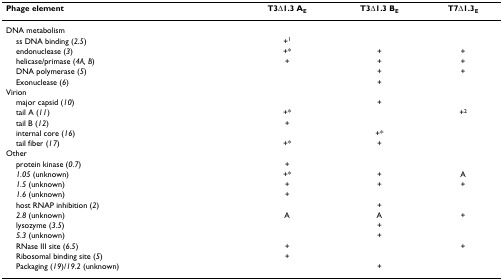
| Phage element | T3Δ1.3 AE | T3Δ1.3 BE | T7Δ1.3E |
 | --- | --- | --- | --- |
 | DNA metabolism |  |  |  |
 | ss DNA binding (2.5) | +1 |  |  |
 | endonuclease (3) | +* | + | + |
 | helicase/primase (4A, B) | + | + | + |
 | DNA polymerase (5) |  | + | + |
 | Exonuclease (6) |  | + |  |
 | Virion |  |  |  |
 | major capsid (10) |  | + |  |
 | tail A (11) | +* |  | +2 |
 | tail B (12) | + |  |  |
 | internal core (16) |  | +* |  |
 | tail fiber (17) | +* | + |  |
 | Other |  |  |  |
 | protein kinase (0.7) | + |  |  |
 | 1.05 (unknown) | +* | + | A |
 | 1.5 (unknown) | + | + | + |
 | 1.6 (unknown) | + |  |  |
 | host RNAP inhibition (2) |  | + |  |
 | 2.8 (unknown) | A | A | + |
 | lysozyme (3.5) |  | + |  |
 | 5.3 (unknown) |  | + |  |
 | RNase III site (6.5) | + |  | + |
 | Ribosomal binding site (5) | + |  |  |
 | Packaging (19)/19.2 (unknown) |  | + |  |